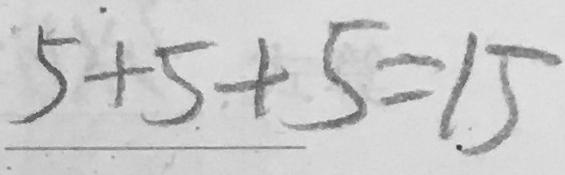
5 + 5 + 5 = 1 5